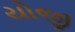
યોજી